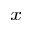
_ x